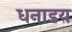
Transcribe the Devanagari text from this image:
धनाडय